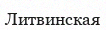
Литвинская